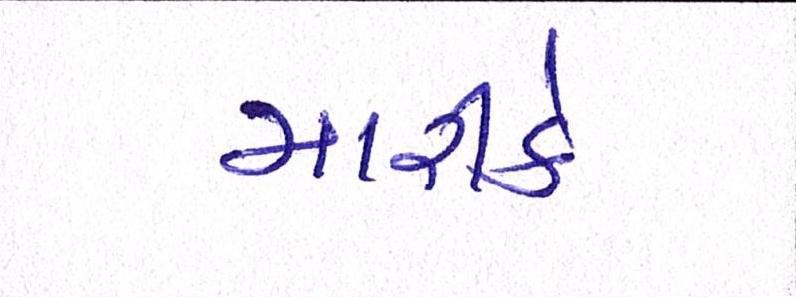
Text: મારીકે